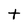
Character: t